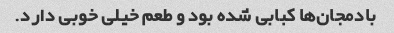
بادمجان‌ها کبابی شده بود و طعم خیلی خوبی دارد.